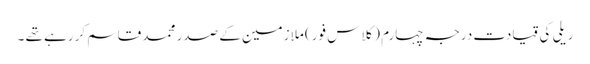
ریلی کی قیادت درجہ چہارم (کلاس فور) ملازمین کے صدر محمد قاسم کررہے تھے ۔